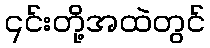
၎င်းတို့အထဲတွင်